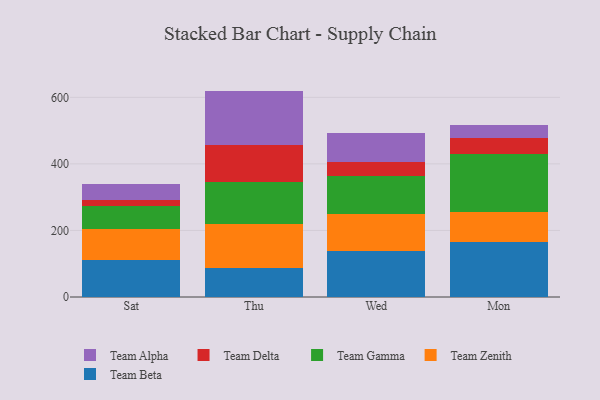
{"axis": {"x": "Day", "y": "Active Users"}, "legend": ["Team Alpha", "Team Beta", "Team Delta", "Team Gamma", "Team Zenith"], "data": [{"x": "Sat", "y": 110.0, "type": "Team Beta"}, {"x": "Sat", "y": 93.1, "type": "Team Zenith"}, {"x": "Sat", "y": 70.7, "type": "Team Gamma"}, {"x": "Sat", "y": 17.7, "type": "Team Delta"}, {"x": "Sat", "y": 49.5, "type": "Team Alpha"}, {"x": "Thu", "y": 85.7, "type": "Team Beta"}, {"x": "Thu", "y": 135.1, "type": "Team Zenith"}, {"x": "Thu", "y": 123.7, "type": "Team Gamma"}, {"x": "Thu", "y": 112.4, "type": "Team Delta"}, {"x": "Thu", "y": 162.6, "type": "Team Alpha"}, {"x": "Wed", "y": 137.9, "type": "Team Beta"}, {"x": "Wed", "y": 113.0, "type": "Team Zenith"}, {"x": "Wed", "y": 111.8, "type": "Team Gamma"}, {"x": "Wed", "y": 42.6, "type": "Team Delta"}, {"x": "Wed", "y": 88.6, "type": "Team Alpha"}, {"x": "Mon", "y": 166.3, "type": "Team Beta"}, {"x": "Mon", "y": 88.5, "type": "Team Zenith"}, {"x": "Mon", "y": 175.4, "type": "Team Gamma"}, {"x": "Mon", "y": 46.8, "type": "Team Delta"}, {"x": "Mon", "y": 38.9, "type": "Team Alpha"}]}